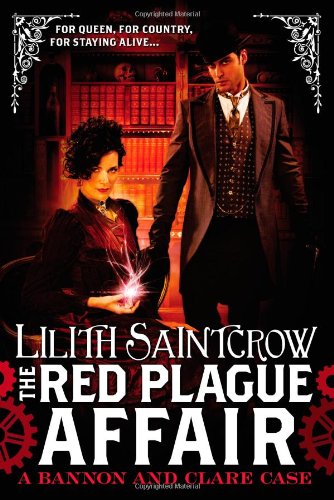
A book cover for The Red Plague Affair (Bannon and Clare); Lilith Saintcrow; Science Fiction & Fantasy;